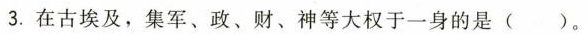
3.在古埃及，集军、政、财、神等大权于一身的是()。